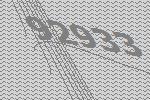
92933